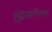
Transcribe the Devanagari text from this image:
झिरकॉनला